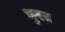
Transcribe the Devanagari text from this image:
धुरए